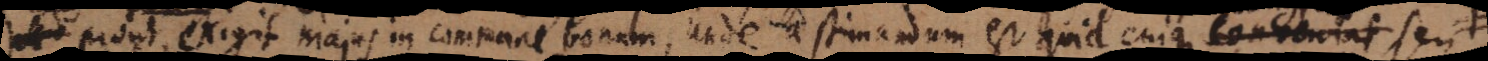
prout exigit majus commune bonum, unde aestimandum est quid cuique congruat, seu